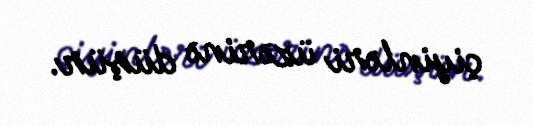
çiyinləri üzərinə düşür.